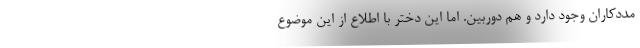
مددکاران وجود دارد و هم دوربین. اما این دختر با اطلاع از این موضوع